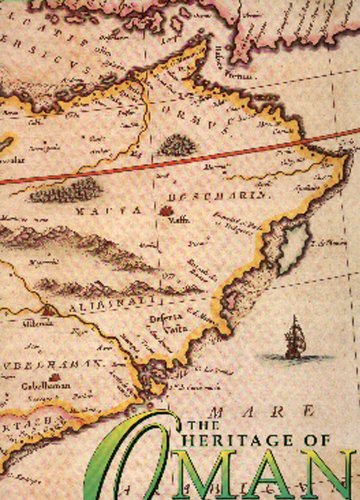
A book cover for The Heritage of Oman; Peter Vine; History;